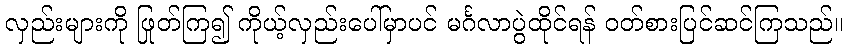
လှည်းများကို ဖြုတ်ကြ၍ ကိုယ့်လှည်းပေါ်မှာပင် မင်္ဂလာပွဲထိုင်ရန် ဝတ်စားပြင်ဆင်ကြသည်။